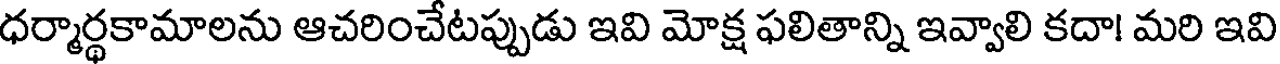
ధర్మార్థకామాలను ఆచరించేటప్పుడు ఇవి మోక్ష ఫలితాన్ని ఇవ్వాలి కదా! మరి ఇవి